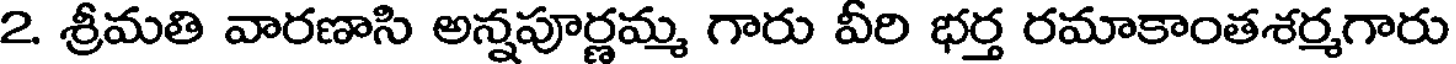
2. శ్రీమతి వారణాసి అన్నపూర్ణమ్మ గారు వీరి భర్త రమాకాంతశర్మగారు